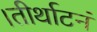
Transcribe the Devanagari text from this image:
।तीर्थाटनं